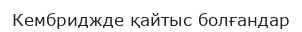
Кембриджде қайтыс болғандар